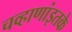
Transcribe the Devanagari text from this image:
चव्हाणांइतके